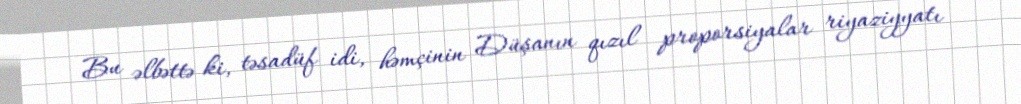
Bu əlbəttə ki, təsadüf idi, həmçinin Düşanın qızıl proporsiyalar riyaziyyatı